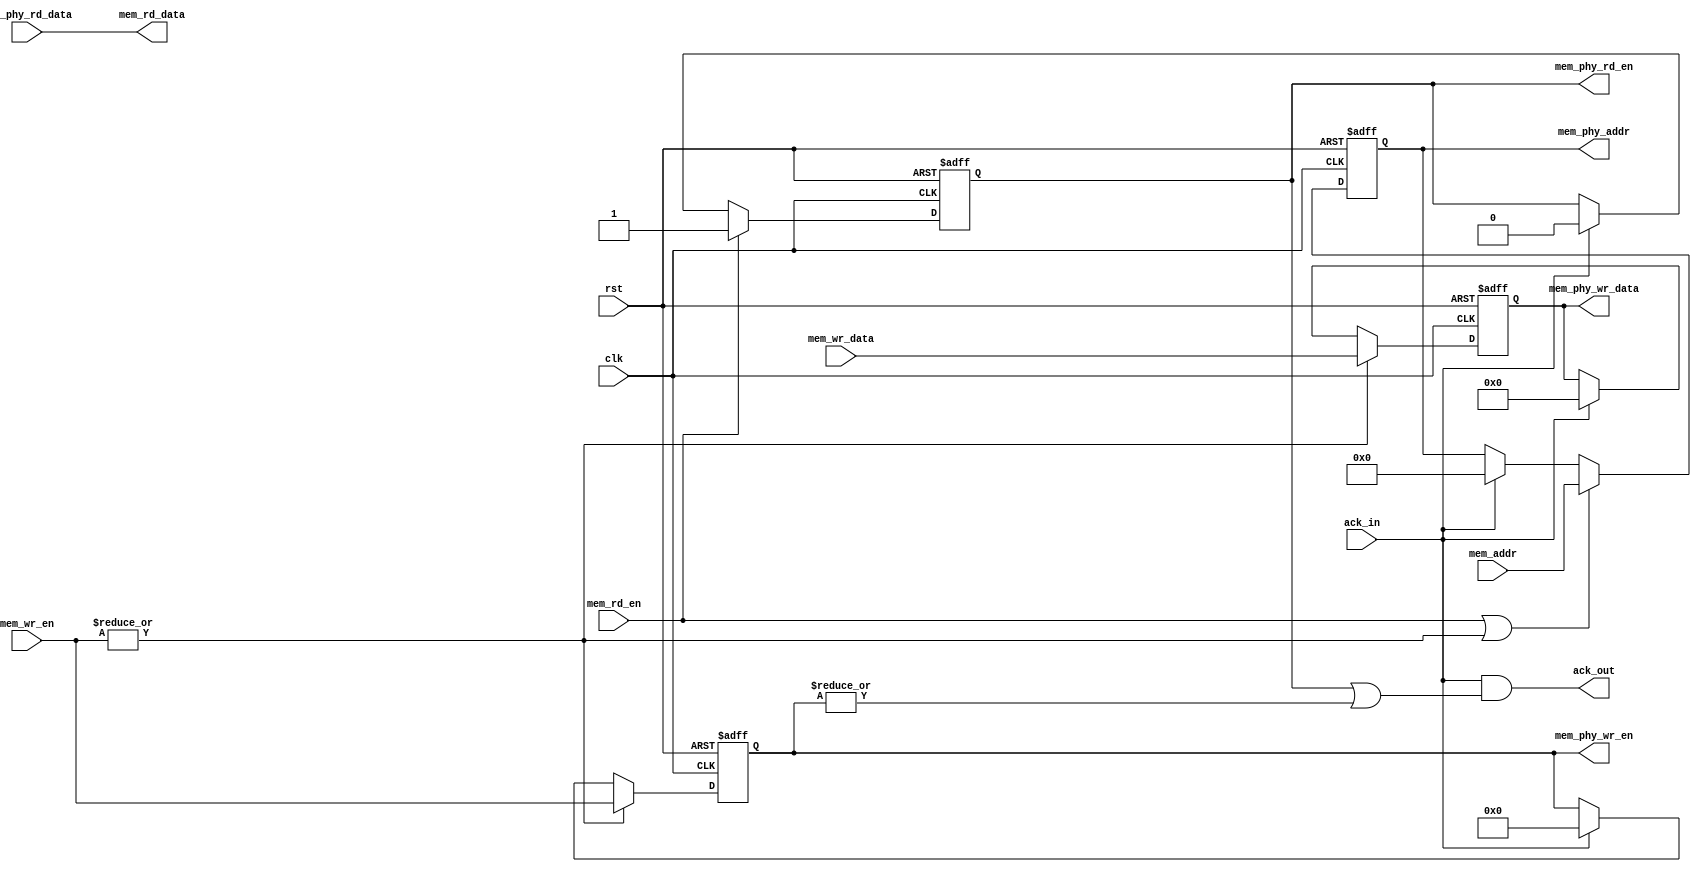
module rnaxi_mem_phy 
  (
    clk,
    rst,
    mem_wr_en,
    mem_rd_en,
    mem_wr_data,
    mem_rd_data,
    mem_addr,
    mem_phy_addr,
    mem_phy_wr_data,
    mem_phy_rd_data,
    mem_phy_wr_en,
    mem_phy_rd_en,
    ack_out,
    ack_in
   );

   parameter MEM_ROW_SIZE_IN_WORDS = 64;
   parameter MEM_ROW_DATA_WIDTH = 2048;
   parameter MEM_ADDR_WIDTH = 32;

   input clk;
   input rst;
   input [MEM_ROW_SIZE_IN_WORDS-1:0] mem_wr_en;
   input  mem_rd_en;
   input [MEM_ROW_DATA_WIDTH-1:0] mem_wr_data;
   input [MEM_ROW_DATA_WIDTH-1:0] mem_phy_rd_data;
   input [MEM_ADDR_WIDTH-1:0] mem_addr;
   input ack_in;

   output reg [MEM_ROW_DATA_WIDTH-1:0] mem_phy_wr_data;
   output reg [MEM_ROW_DATA_WIDTH-1:0] mem_rd_data;
   output reg [MEM_ROW_SIZE_IN_WORDS-1:0] mem_phy_wr_en;
   output reg [MEM_ADDR_WIDTH-1:0] mem_phy_addr;
   output reg mem_phy_rd_en;
   output reg ack_out;
   

   always @(posedge clk or posedge rst) begin
     if (rst) begin 
       mem_phy_wr_en <= {MEM_ROW_SIZE_IN_WORDS{1'b0}};
       mem_phy_wr_data <= {MEM_ROW_DATA_WIDTH{1'b0}};
     end else if(|mem_wr_en) begin
       mem_phy_wr_en <= mem_wr_en[MEM_ROW_SIZE_IN_WORDS-1:0];
       mem_phy_wr_data <= mem_wr_data;
     end else if(ack_in) begin
       mem_phy_wr_en <= {MEM_ROW_SIZE_IN_WORDS{1'b0}};
       mem_phy_wr_data <= {MEM_ROW_DATA_WIDTH{1'b0}};
     end
   end

   always @(posedge clk or posedge rst) begin
     if (rst) begin 
       mem_phy_rd_en <= 1'b0;
     end else if(mem_rd_en) begin
       mem_phy_rd_en <= 1'b1;
     end else if(ack_in) begin
       mem_phy_rd_en <= 1'b0;
     end
   end
   
  always @(posedge clk or posedge rst) begin
     if (rst) begin 
       mem_phy_addr <= {MEM_ADDR_WIDTH{1'b0}};
     end else if(mem_rd_en || (|mem_wr_en)) begin
       mem_phy_addr <= mem_addr;
     end else if(ack_in) begin
       mem_phy_addr <= {MEM_ADDR_WIDTH{1'b0}};
     end
   end


assign mem_rd_data = mem_phy_rd_data;

assign ack_out = ack_in && (mem_phy_rd_en || (|mem_phy_wr_en));

endmodule